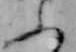
ふ